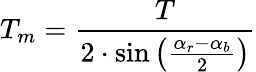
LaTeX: T_{m}={\frac{T}{2\cdot\sin\left({\frac{\alpha_{r}-\alpha_{b}}{2}}\right)}}